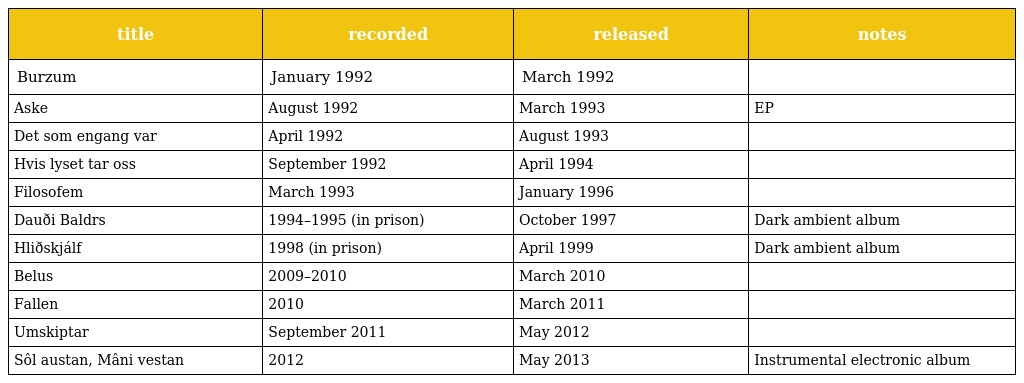
| title | recorded | released | notes |
 | --- | --- | --- | --- |
 | Burzum | January 1992 | March 1992 |  |
 | Aske | August 1992 | March 1993 | EP |
 | Det som engang var | April 1992 | August 1993 |  |
 | Hvis lyset tar oss | September 1992 | April 1994 |  |
 | Filosofem | March 1993 | January 1996 |  |
 | Dauði Baldrs | 1994–1995 (in prison) | October 1997 | Dark ambient album |
 | Hliðskjálf | 1998 (in prison) | April 1999 | Dark ambient album |
 | Belus | 2009–2010 | March 2010 |  |
 | Fallen | 2010 | March 2011 |  |
 | Umskiptar | September 2011 | May 2012 |  |
 | Sôl austan, Mâni vestan | 2012 | May 2013 | Instrumental electronic album |